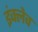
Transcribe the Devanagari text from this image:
इंक्लेव